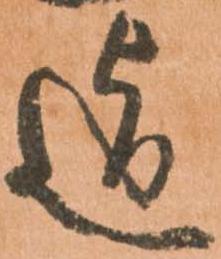
迄